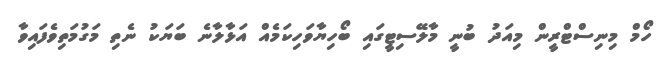
ހޯމް މިނިސްޓްރީން މިއަދު ބުނީ މާލޭސިޓީގައި ބޯހިޔާވަހިކަމެއް އަޅާލާނެ ބަޔަކު ނެތި މަގުމަތިވެފައިވާ